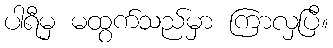
ပါရီမှ မထွက်သည်မှာ ကြာလှပြီ။